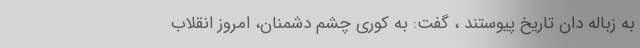
به زباله دان تاریخ پیوستند ، گفت: به کوری چشم دشمنان، امروز انقلاب